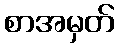
စာအမှတ်